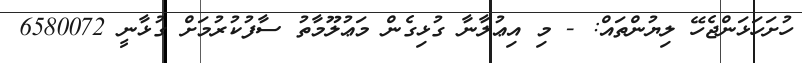
ހުށަހަޅަންޖެހޭ ލިޔުންތައް: - މި އިޢުލާނާ ގުޅިގެން މަޢުލޫމާތު ސާފުކުރުމަށް ގުޅާނީ 6580072